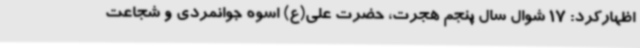
اظهارکرد: 17 شوال سال پنجم هجرت، حضرت علی(ع) اسوه جوانمردی و شجاعت